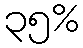
၃၅%